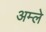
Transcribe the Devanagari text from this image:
अम्‍ले